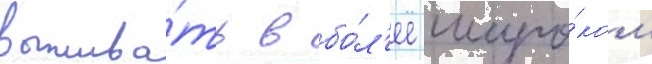
выжива́ть в бо́л'ее широ́ком